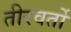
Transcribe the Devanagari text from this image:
तीरवर्तो